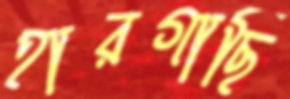
হারগাছি